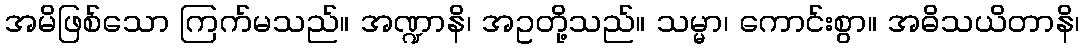
အမိဖြစ်သော ကြက်မသည်။ အဏ္ဍာနိ၊ အဥတို့သည်။ သမ္မာ၊ ကောင်းစွာ။ အဓိသယိတာနိ၊